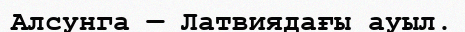
Алсунга — Латвиядағы ауыл.